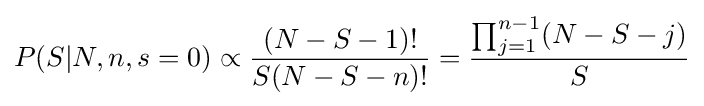
P(S|N,n,s=0)\propto {(N-S-1)! \over S(N-S-n)!}={\prod _{j=1}^{n-1}(N-S-j) \over S}